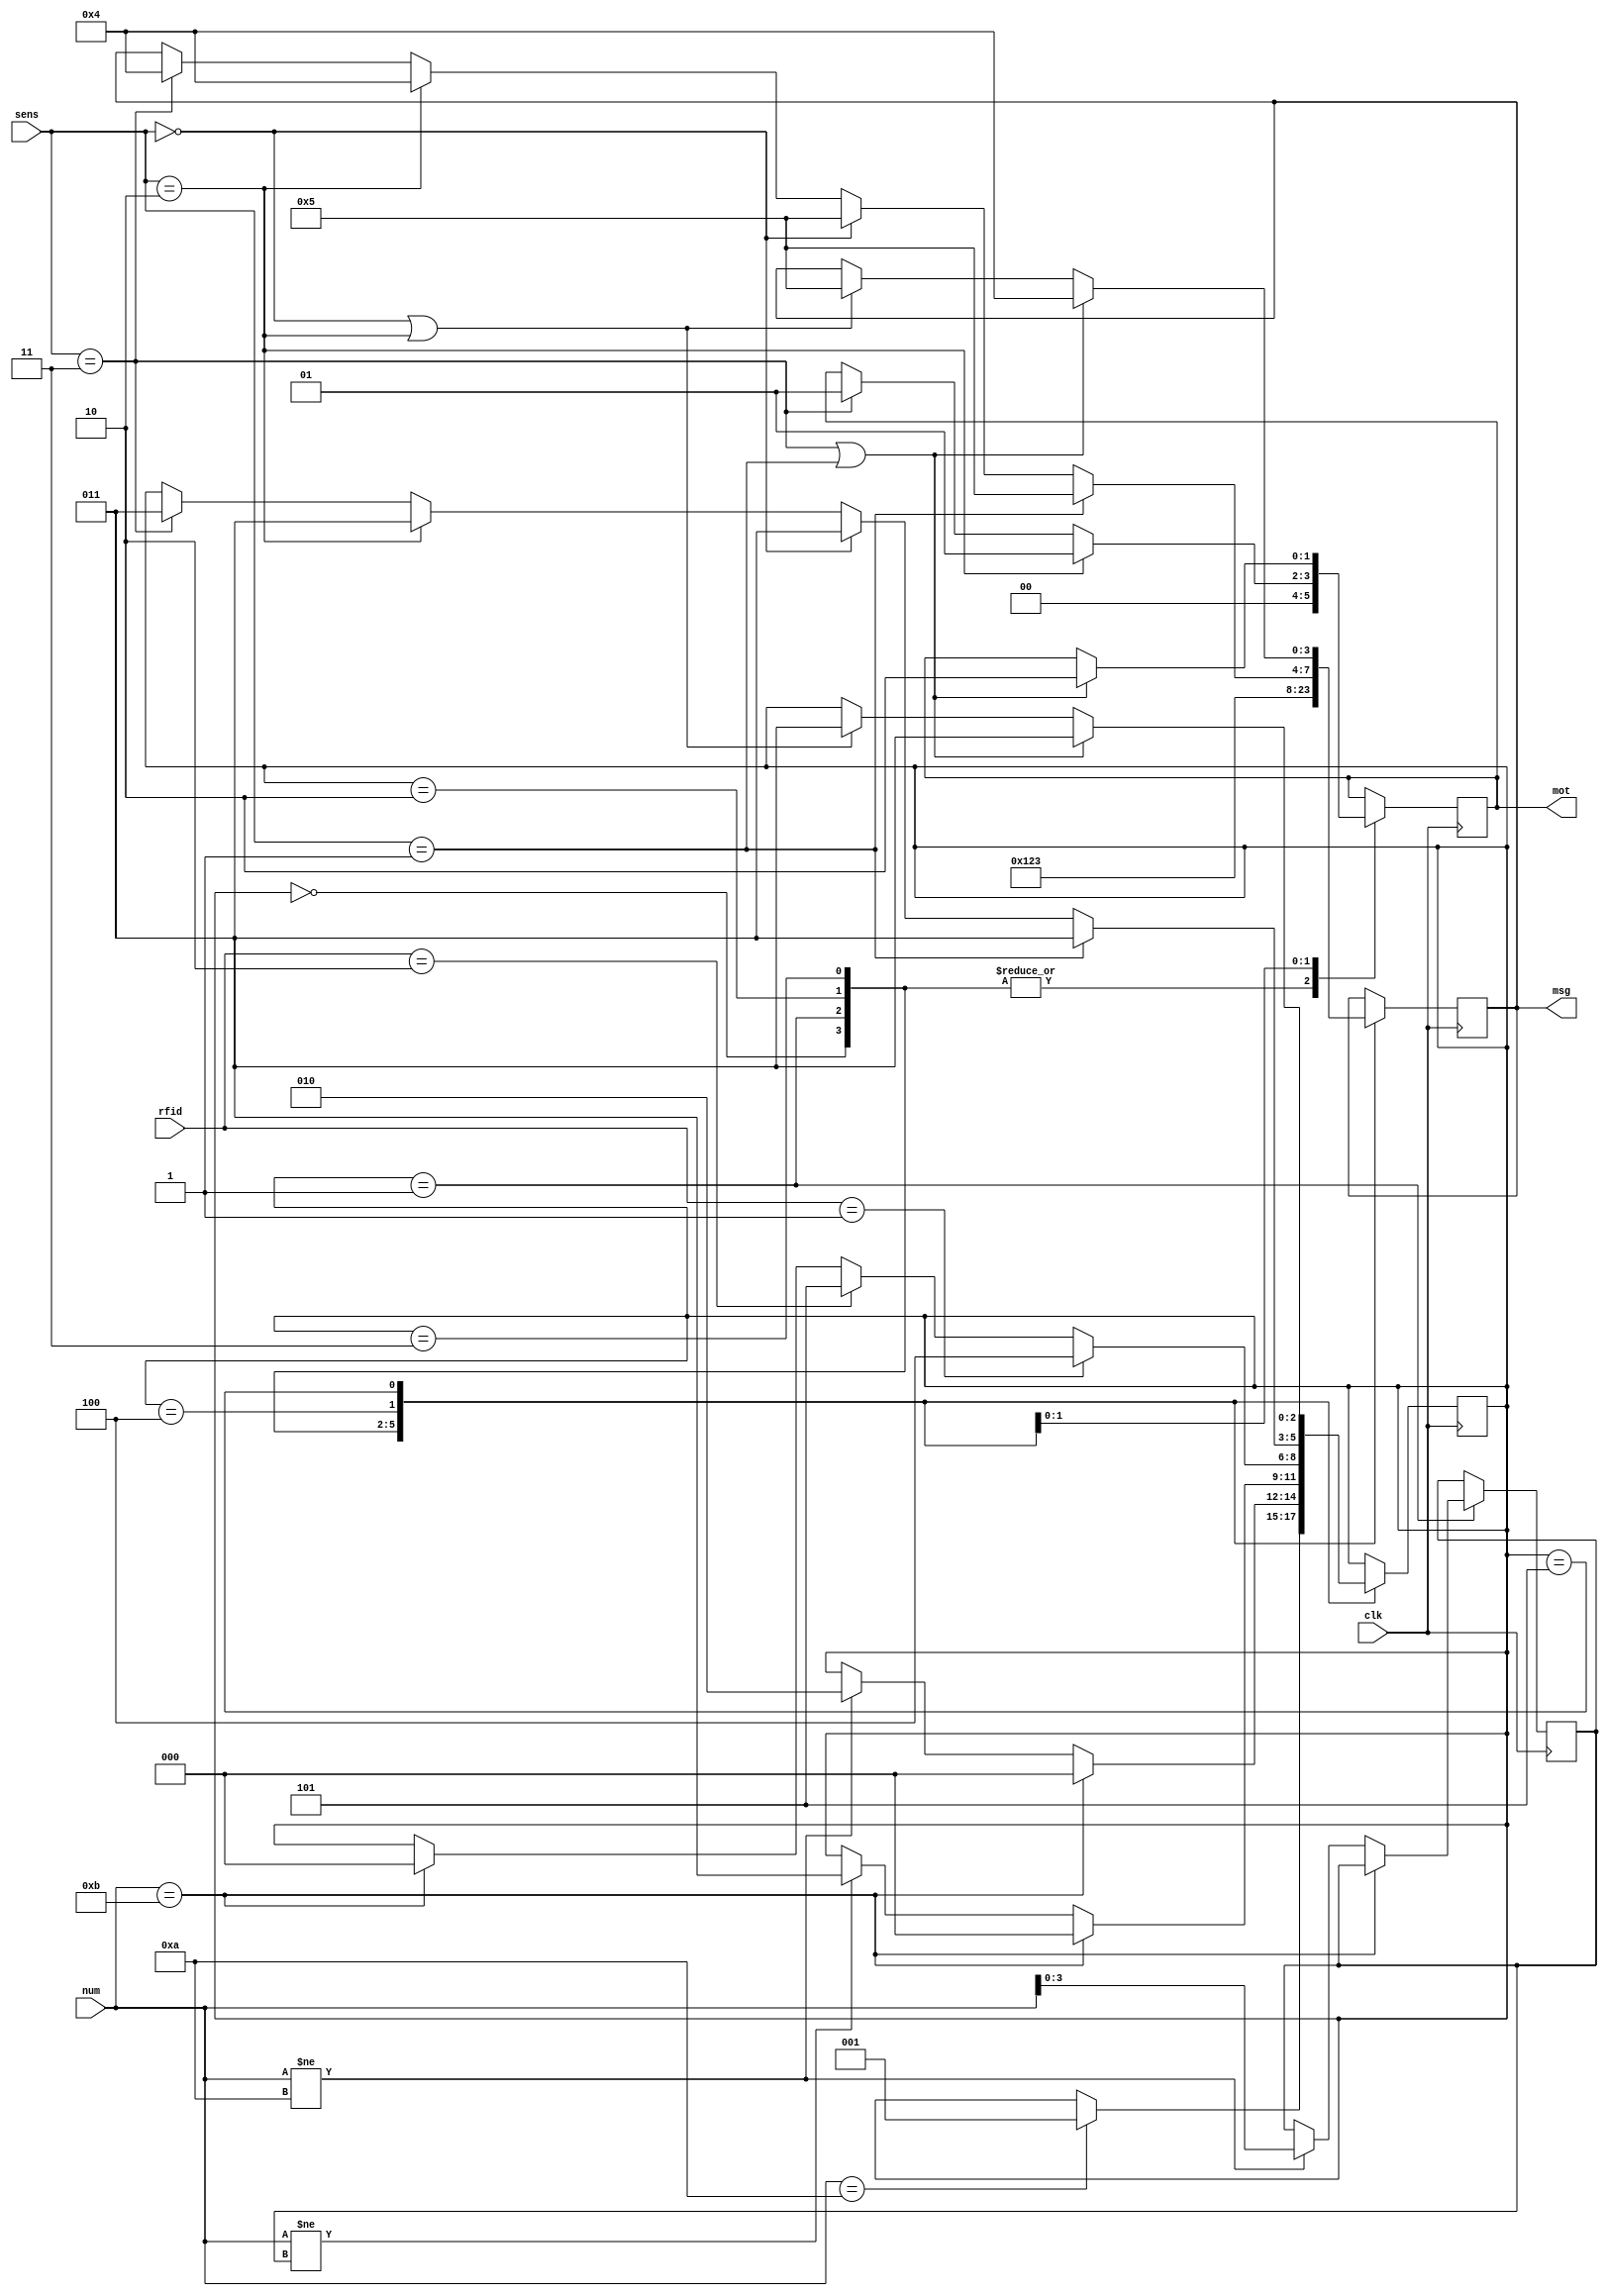
module MaquinadeEstados(clk,mot,sens,msg,num,rfid);

input clk;
input [1:0]sens;
input [4:0]num;
input [1:0]rfid;

output reg[1:0]mot;
output reg[3:0]msg;

reg [2:0]state;
reg [3:0]peso1;
reg [3:0]peso2;

initial begin state=3'b000; end

always@(posedge clk) begin

case(state)
	
	3'b000: begin
		msg=3'b000;
		mot=0;
		if (num==4'hA)begin state=3'b001;end
	end
	
	3'b001: begin 
		msg=3'b001;
		mot=0;
		if (num == 4'hB) begin state=3'b000; end
		else if (num != 4'hA)begin
		peso1=num;
		state=3'b010;
		end
		end
		
	3'b010: begin
		msg=3'b010;
		mot=0;
		if (num == 4'hB) begin state=3'b000; end
		else if (num != peso1)begin
		peso2=num;
		state=3'b011;	
		end
		end
		
	3'b011: begin
		if (num == 4'hB) begin state=3'b000; end
		msg=3'b011;
		mot=0;
		if(rfid==2'b01)begin
		state=3'b100;
		end
		else if (rfid==2'b10) begin state=3'b101; end
		end
		
	3'b100: begin 
		if (sens==2'b11) begin msg= 3'b100; mot=2'b01; state = 3'b011; end
		if (sens==2'b10) begin msg= 3'b100; mot=2'b01; state = 3'b011; end
		if (sens==2'b00) begin msg=3'b101; state=3'b011; end
	   if (sens==2'b01) begin msg=3'b101; state=3'b011; end
		end
		
	3'b101: begin 
		if (sens==2'b11||sens==2'b01) begin msg= 3'b100; mot=2'b10; state = 3'b011; end
		else if (sens==2'b00||sens==2'b10) begin msg=3'b101; state=3'b011; end
		end
	endcase
	end


	
endmodule